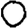
Digit: 0